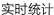
实时统计